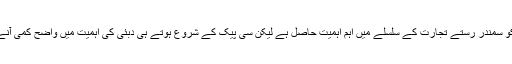
دنیا میں دبئی کو سمندر رستے تجارت کے سلسلے میں اہم اہمیت حاصل ہے لیکن سی پیک کے شروع ہوتے ہی دبئی کی اہمیت میں واضح کمی آنے کا امکان ہے۔